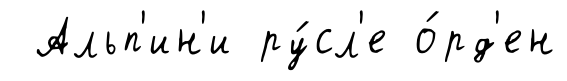
Альп'ин'и ру́сл'е о́рд'ен